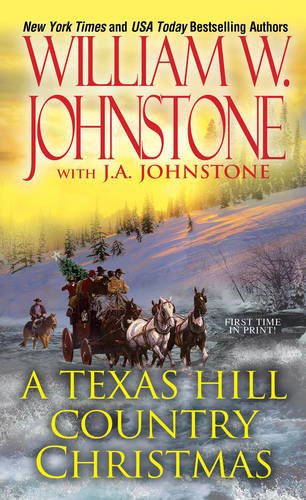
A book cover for A Texas Hill Country Christmas; William W. Johnstone; Literature & Fiction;